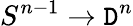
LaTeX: S^{n-1}\to\mathtt{D}^{n}